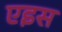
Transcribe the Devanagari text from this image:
एइस